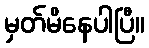
မှတ်မိနေပါပြီ။